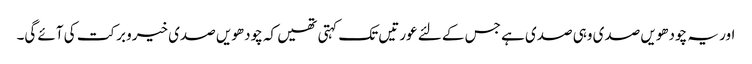
اور یہ چودھویں صدی وہی صدی ہے جس کے لئے عورتیں تک کہتی تھیں کہ چودھویں صدی خیرو برکت کی آئے گی۔